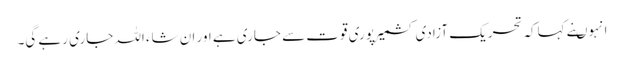
انہوںنے کہاکہ تحریک آزادی کشمیرپوری قوت سے جاری ہے اور ان شاء اللہ جاری رہے گی۔